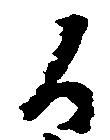
候